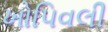
ખોપિવલી